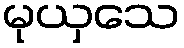
မုယှသေ